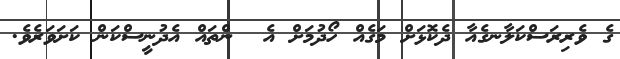
ގެ ވެރިރަސްކަލާނގެއާ ދެކޮޅަށް މަގެއް ހޯދުމަށް އެ  ންތައް އެދުނީސްކަން ކަށަވަރެވެ.